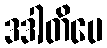
ဒဒါတိပေ